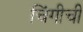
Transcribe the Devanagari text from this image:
चिंगीची